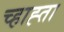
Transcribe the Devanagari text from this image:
च्हाह्ता